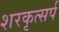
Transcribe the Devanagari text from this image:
शरकृत्‍सर्प